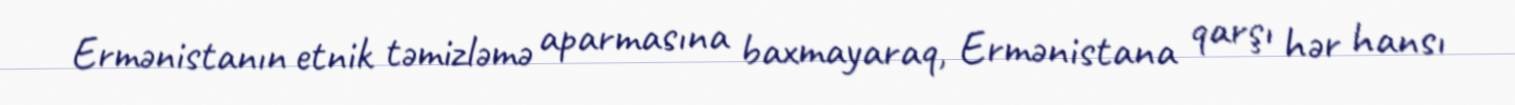
Ermənistanın etnik təmizləmə aparmasına baxmayaraq, Ermənistana qarşı hər hansı